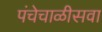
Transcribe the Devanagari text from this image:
पंचेचाळीसवा